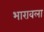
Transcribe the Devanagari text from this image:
भारावला